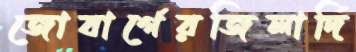
জোবার্গেরজিলার্দি